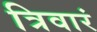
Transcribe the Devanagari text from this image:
त्रिवारं